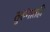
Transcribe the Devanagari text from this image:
तुरुंगातही